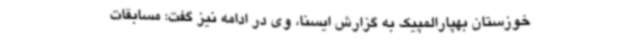
خوزستان بهپارالمپیک به گزارش ایسنا، وی در ادامه نیز گفت: مسابقات